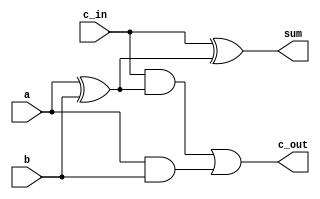
module full_adder(sum, c_out, a, b, c_in);
	input a, b, c_in;
	output sum, c_out;
	wire xor_o1, and_o1, and_o2;

	xor xor_1(xor_o1, a, b);

	xor xor_2(sum, c_in, xor_o1);

	and and_1(and_o1, c_in, xor_o1);
	and and_2(and_o2, a, b);

	or or_output(c_out, and_o1, and_o2);

endmodule